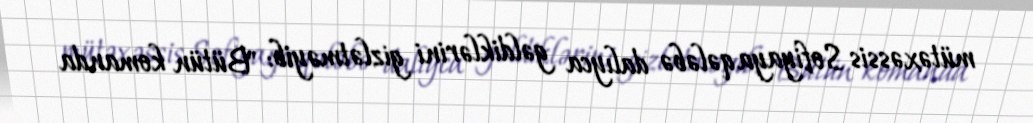
mütəxəssis Sofiyaya qələbə dalıyca gəldiklərini gizlətməyib: "Bütün komanda